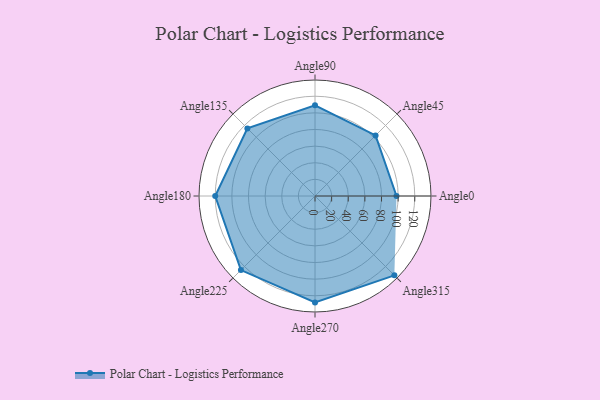
{"axis": {"x": "Angle", "y": "Radius"}, "legend": [""], "data": [{"x": "Angle0", "y": 98.0, "type": ""}, {"x": "Angle45", "y": 103.0, "type": ""}, {"x": "Angle90", "y": 109.0, "type": ""}, {"x": "Angle135", "y": 115.0, "type": ""}, {"x": "Angle180", "y": 120.0, "type": ""}, {"x": "Angle225", "y": 126.0, "type": ""}, {"x": "Angle270", "y": 128.0, "type": ""}, {"x": "Angle315", "y": 135.0, "type": ""}]}